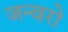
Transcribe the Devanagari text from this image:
जन्वरो